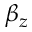
\beta _ { z }